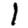
Digit: 1